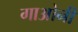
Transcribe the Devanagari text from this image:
गाओनी